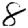
Digit: 8